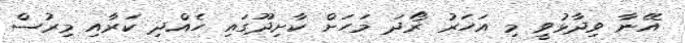
އޭނާ ވިދާޅުވީ މި އަހަރު ރޯދަ މަހަށް ކާށިދޫގައި ހެއްދި ކަރާއި މިރުސް